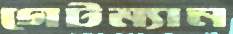
গেটম্যান